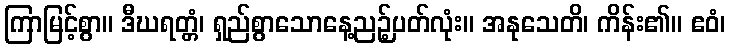
ကြာမြင့်စွာ။ ဒီဃရတ္တံ၊ ရှည်စွာသောနေ့ညဉ့်ပတ်လုံး။ အနုသေတိ၊ ကိန်း၏။ ဧဝံ၊